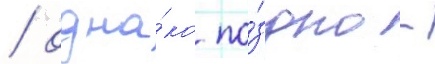
/ одна́ко по́здно -